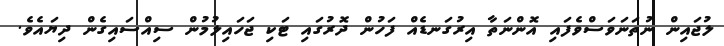
ލުޖައިން ނުތަނަވަސްވެފައި އޮންނަތާ އިރުގަނޑެއް ފަހުން ދޮރުގައި ޓަކި ޖަހައިލުމުން ސިއްސައިގެން ދިޔައެވެ.